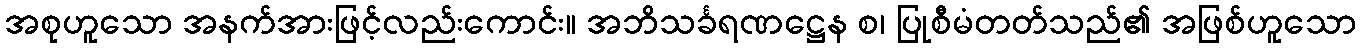
အစုဟူသော အနက်အားဖြင့်လည်းကောင်း။ အဘိသင်္ခရဏဋ္ဌေန စ၊ ပြုစီမံတတ်သည်၏ အဖြစ်ဟူသော